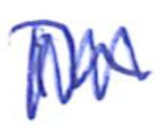
Text: in
Cross-out: zig-zag
Writing tool: ballpoint